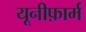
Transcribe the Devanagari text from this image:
यूनीफ़ार्म